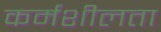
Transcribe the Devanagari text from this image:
कर्मशीलता